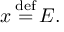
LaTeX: x \, { \stackrel { \mathrm { d e f } } { = } } \, E .